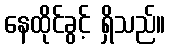
နေထိုင်ခွင့် ရှိသည်။